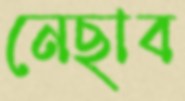
নেছাব